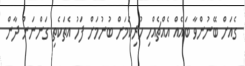
ގެއަށް ބޭނުންވާ ބައެއް އެއްޗެއްހި ހުރިކަމަށް ބުނުމަށް ފަހު އެތަކެތި ގަންނަން ދާން